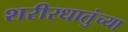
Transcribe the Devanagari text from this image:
शरीरधातुंच्या